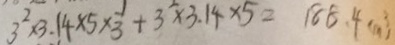
3 ^ { 2 } \times 3 . 1 4 \times 5 \times \frac { 1 } { 3 } + 3 ^ { 2 } \times 3 . 1 4 \times 5 = 1 8 8 . 4 ( m ^ { 3 } )